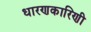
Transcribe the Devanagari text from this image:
धारणकारिणी